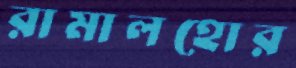
রামালহোর